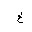
Letter: _kha